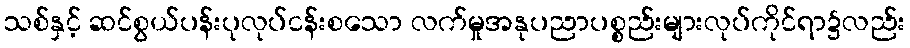
သစ်နှင့် ဆင်စွယ်ပန်းပုလုပ်ငန်းစသော လက်မှုအနုပညာပစ္စည်းများလုပ်ကိုင်ရာ၌လည်း